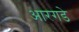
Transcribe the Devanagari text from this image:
आरगडे